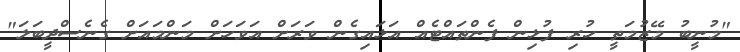
"މުނީބު މޭޒުމަތީ ހުރި ފުޅިން ފެންތައްޓެއް އަޅައިގެން ވަރަށް އަވަހަށް މަންމައަށް ގެނެސްދީބަލަ"